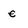
Character: e